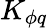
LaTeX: K_{\phi q}